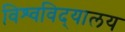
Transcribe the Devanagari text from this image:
विश्‍वविद्‍यालय